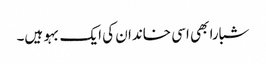
شبارا بھی اسی خاندان کی ایک بہو ہیں۔